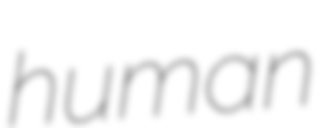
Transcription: human